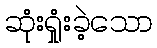
ဆုံးရှုံးခဲ့သော